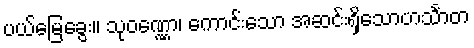
ပယ်မြေခွေး။ သုဝဏ္ဏော၊ ကောင်းသော အဆင်းရှိသောဟင်္သာတ